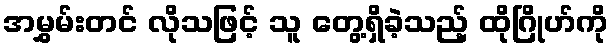
အမွှမ်းတင် လိုသဖြင့် သူ တွေ့ရှိခဲ့သည့် ထိုဂြိုဟ်ကို